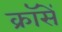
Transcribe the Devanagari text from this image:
क्रॉसें